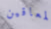
المعاقين